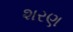
શરણ